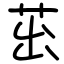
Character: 茁